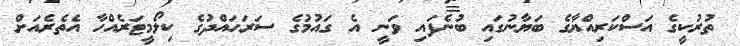
ތުރުކީގެ އަސްކަރިއްޔާގެ ބަޔާނުގައި ބުނެފައި ވަނީ އެ ގައުމުގެ ސަރަހައްދުގެ ކިލޯމީޓަރެއްހާ އެތެރެއަށް